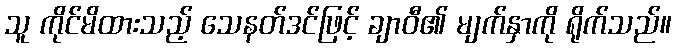
သူ ကိုင်မိထားသည့် သေနတ်ဒင်ဖြင့် ချာဝီ၏ မျက်နှာကို ရိုက်သည်။